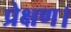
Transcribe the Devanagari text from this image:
प्रेक्षण।